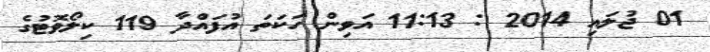
01 ޖުލައި 2014 : 11:13 އަވިން ހަކަތަ އުފައްދާ 119 ކިލޯވޮޓުގެ